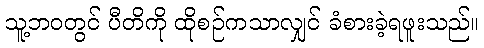
သူ့ဘဝတွင် ပီတိကို ထိုစဉ်ကသာလျှင် ခံစားခဲ့ရဖူးသည်။